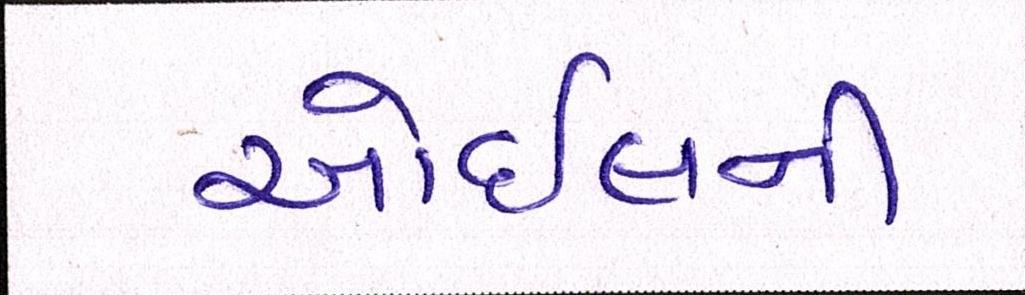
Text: ઓઈલની